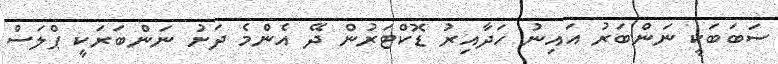
ސަބަބަކީ ނަންބަރު އައިނު ހަދާއިރު ޑޮކްޓަރުން ދޭ އެންމެ ދަށު ނަންބަރަކީ ޕްލަސް